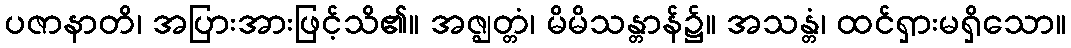
ပဇာနာတိ၊ အပြားအားဖြင့်သိ၏။ အဇ္ဈတ္တံ၊ မိမိသန္တာန်၌။ အသန္တံ၊ ထင်ရှားမရှိသော။